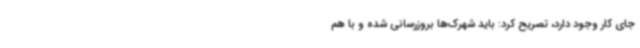
جای کار وجود دارد، تصریح کرد: باید شهرک‌ها بروزرسانی شده و با هم